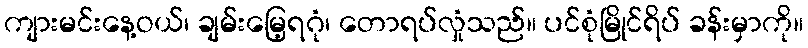
ကျားမင်းနေ့ဝယ်၊ ချမ်းမြေ့ရဂုံ၊ တောရပ်လှုံသည်။ ပင်စုံမြိုင်ရိပ် ခန်းမှာကို။